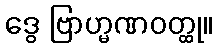
ဒွေ ဗြာဟ္မဏဝတ္ထု။